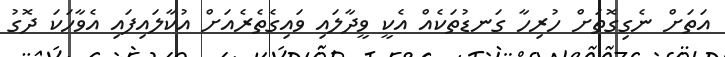
އަތަށް ނެގިގޮތަށް ހުރިހާ ގަނޑުތަކެއް އެކީ ވީދާލައި ވައިގެތެރެއަށް އުކާލައިފައި އެވާހަކަ ދޮގު